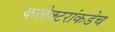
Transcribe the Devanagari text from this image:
कलेक्टरांकडेच